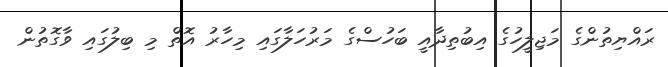
ރައްޔިތުންގެ މަޖިލީހުގެ އިބުތިދާއީ ބަހުސްގެ މަރުހަލާގައި މިހާރު އޮތް މި ބިލުގައި ވާގޮތުން